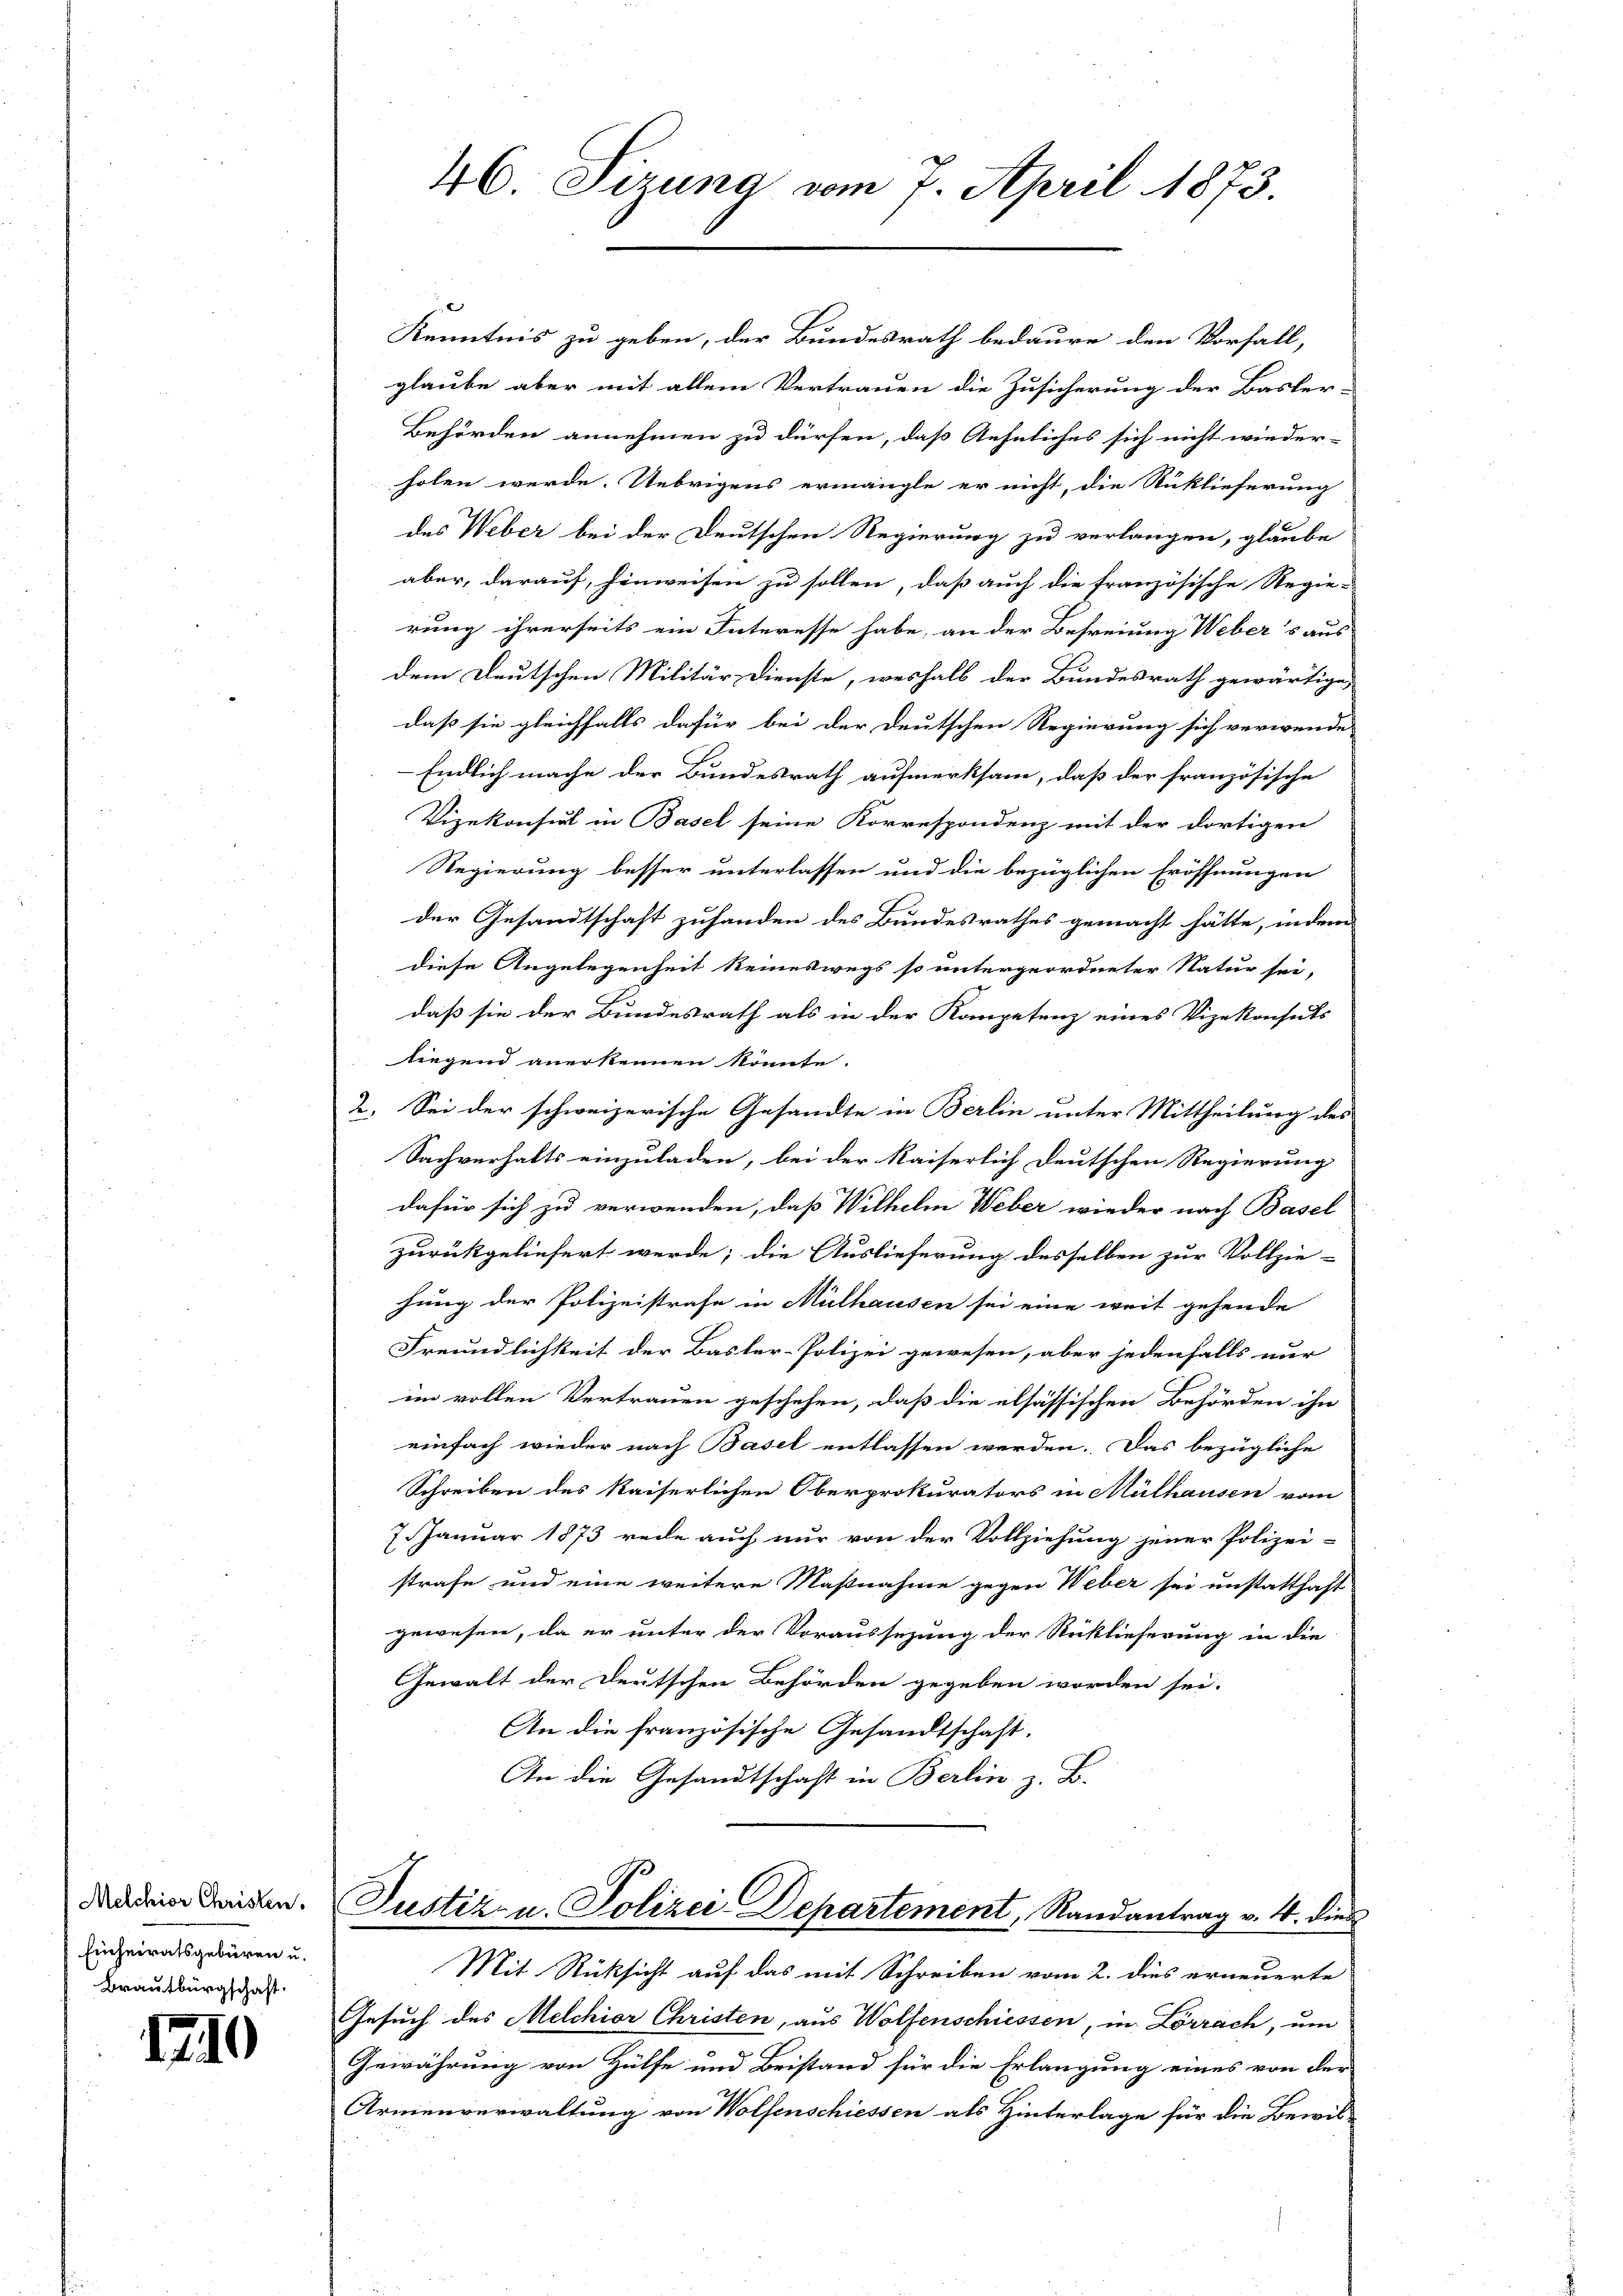
Melchior Christen.
Einheiratsgebüren u.
Brautbürgschaft.

12.

¬

46. Sizung vom 7. April 1873

Kenntnis zu geben, der Bundesrath bedaure den Vorfall,
glaube aber mit allem Vertrauen die Zusicherung der Basler-
Behörden annehmen zu dürfen, daß Aehnliches sich nicht wieder-
holen werde. Uebrigens ermangle er nicht, die Rücklieferung
des Weber bei der Deutschen Regierung zu verlangen, glaube
aber, darauf, hinweisen zu sollen, daß auch die französische Regie-
rung ihrerseits ein Interesse habe, an der Befreiung Webers aus
dem Deutschen Militär- Dienste, weshalb der Bundesrath gewärtige
daß sie gleichfalls dafür bei der Deutschen Regierung sich verwende
Endlich mache der Bundesrath aufmerksam, daß der französische
Vizekonsul in Basel seine Korrespondenz mit der dortigen
Regierung besser unterlassen und die bezüglichen Eröffnungen
der Gesandtschaft zuhanden des Bundesrathes gemacht hätte, indem
diese Angelegenheit keineswegs so untergeordneter Natur sei,
daß sie der Bundesrath als in der Kompetenz eines Vizekonhuts
tiegend anerkennen könnte.
2. Sei der schweizerische Gesandte in Berlin unter Mittheilung des
Sachverhalts einzuladen, bei der Kaiserlich deutschen Regierung
dafür sich zu verwenden, daß Wilhelm Weber wieder nach Basel
zurückgeliefert werde; die Auslieferung desselben zur Vollzie-
hung der Polizeistrafe in Mülhausen sei eine weit gehende
Freundlichkeit der Basler-Polizei gewesen, aber jedenfalls nur
im vollen Vertrauen geschehen, daß die elsässischen Behörden ihn
einfach wieder nach Basel entlassen werden. Das bezügliche
Schreiben des Kaiserlichen Oberprokurators in Mülhausen vom
7. Januar 1873 rede auch nur von der Vollziehung jener Polizei-
strafe und eine weitere Naßnahme gegen Weber sei unstatthaft
gewesen, da er unter der Voraussezung der Rücklieferung in die
Gewalt der Deutschen Behörden gegeben worden sei.
An die französische Gesandtschaft.
An die Gesandtschaft in Berlin z. B.
Justiz- u. Polizei-Departement, Randantrag v. 4. dies
Mit Rücksicht auf das mit Schreiben vom 2. dies erneuerte
Gesuch des Melchior Christen, aus Wolfenschiessen, in Lörrach, um
Gewährung von Hülfe und Beistand für die Erlangung eines von der
Armenverwaltung von Wolfenschiessen als Hinterlage für die Bewil-